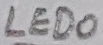
Text: LED0